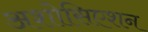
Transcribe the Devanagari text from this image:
अशोसिएशन